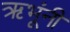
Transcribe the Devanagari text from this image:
ऋभूंनी